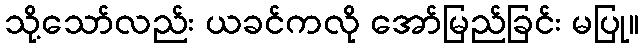
သို့သော်လည်း ယခင်ကလို အော်မြည်ခြင်း မပြု။